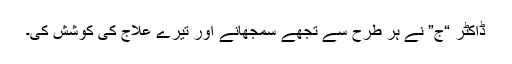
ڈاکٹر “ج” نے ہر طرح سے تجھے سمجھانے اور تیرے علاج کی کوشش کی۔